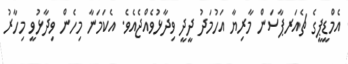
އެމްޑީޕީގެ ޗެއަރޕާސަން މާރިޔާ އަހުމަދު ދީދީ ވިދާޅުވެއްޖެއެވެ. އެކަމަނާ މިހެން ވިދާޅުވީ މިހާރު